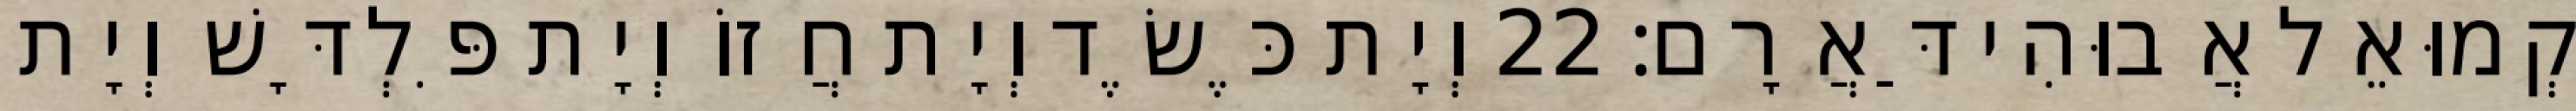
קְמוּאֵל אֲבוּהִי דַּאֲרָם׃ 22 וְיָת כֶּשֶׂד וְיָת חֲזוֹ וְיָת פִּלְדָּשׁ וְיָת